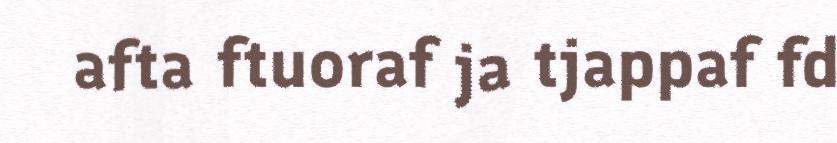
afta ftuoraf ja tjappaf fd